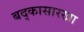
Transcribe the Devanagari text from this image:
बद्कासारखा